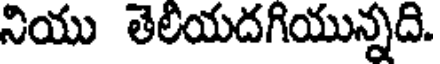
నియు తెలియదగియున్నది.